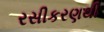
રસીકરણથી